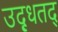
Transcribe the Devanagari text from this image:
उद्धृतद्